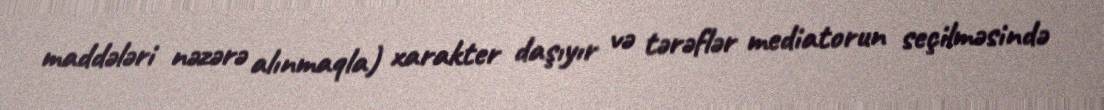
maddələri nəzərə alınmaqla) xarakter daşıyır və tərəflər mediatorun seçilməsində